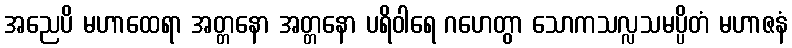
အညေပိ မဟာထေရာ အတ္တနော အတ္တနော ပရိဝါရေ ဂဟေတွာ သောကသလ္လသမပ္ပိတံ မဟာဇနံ